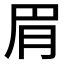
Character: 𬚳